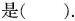
是( ).